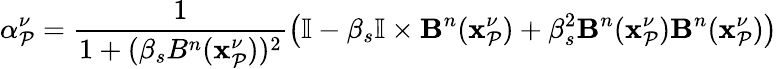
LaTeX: {\alpha}_{\mathcal{P}}^{\nu}=\frac{{1}}{{1+(\beta_{s}B^{n}(\mathbf{{x}}_{\mathcal{P}}^{\nu}))^{2}}}\left(\mathbb{{I}}-\beta_{s}\mathbb{{I}}\times\mathbf{{B}}^{n}(\mathbf{{x}}_{\mathcal{P}}^{\nu})+\beta_{s}^{2}\mathbf{{B}}^{n}(\mathbf{{x}}_{\mathcal{P}}^{\nu})\mathbf{{B}}^{n}(\mathbf{{x}}_{\mathcal{P}}^{\nu})\right)